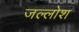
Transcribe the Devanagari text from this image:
जल्लोश